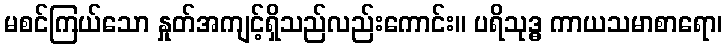
မစင်ကြယ်သော နှုတ်အကျင့်ရှိသည်လည်းကောင်း။ ပရိသုဒ္ဓ ကာယသမာစာရော၊